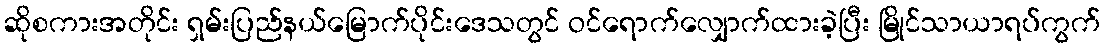
ဆိုစကားအတိုင်း ရှမ်းပြည်နယ်မြောက်ပိုင်းဒေသတွင် ဝင်ရောက်လျှောက်ထားခဲ့ပြီး မြိုင်သာယာရပ်ကွက်